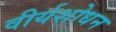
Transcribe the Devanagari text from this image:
वीर्यशोधन